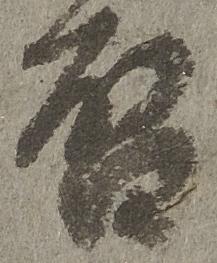
啓